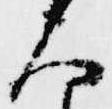
大